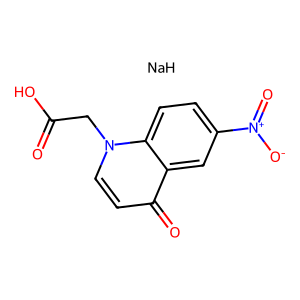
SMILES: O=C(O)Cn1ccc(=O)c2cc([N+](=O)[O-])ccc21.[NaH]
Inhibits HIV replication: No